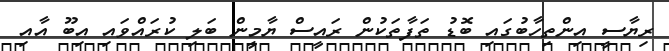
ރިޔާސީ އިންތިހާބުގައި ބޮޑު ތަފާތަކުން ރައީސް ޔާމީން ބަލި ކުރައްވައި އިބޫ އާއި